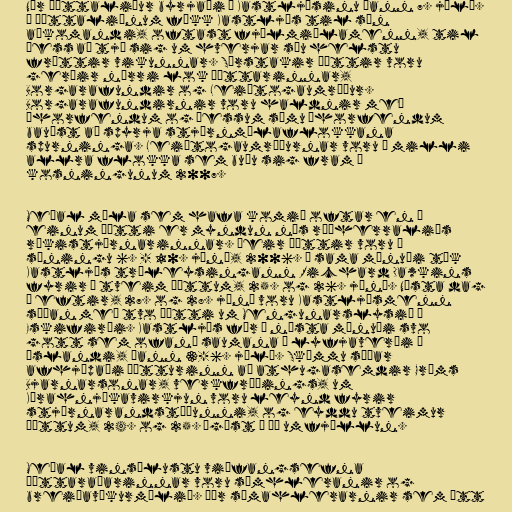
Nýr þáttaliður byrjaði í Kastljósinu þann 7. júlí.
Í þáttaliðnum fékk Kastljós til sín
aðkomandi, oftast fjölmiðlamenn, til
þess að tjá sig um hverjar séu helstu
fréttir vikunnar. Sérstakir þættir voru
gerðir nærri lok þáttarinnar,
Borgarafundir og Leiðtogaumræður.
Borgarafundirnir voru haldnir með
áhorfendum og þessum sömu áhorfendum
bauðst að spyrja stjórnmálaflokkana
spurninga. Leiðtogaumræðurnar voru á milli
allra flokka sem buðu sig fram í
kosningunum 2007.

Meðal mála sem hafa komið oftar en í
einum þætti er myndun nýs ráðherraliðs
ríkistjórnarinnar. Þeir þættir voru í
sýningu 6. - 10. júní, 2006. Í sama mánuði tók
Kastljós trúleysingann Richard Dawkins
fyrir í tveim þáttum, 25. og 26. júní. Næsta dag
á eftir, 27. og 28. júní voru Kastljósmenn
síðan með tvo þætti um Mengunarslysið á
Eskifirði. Kastljós fór í næsta mánuði svo
gott sem ofaní saumana á lyfjaverði á
íslandi, þann 3-6. júlí. Skömmu síðar
afhjúpaði þátturinn að athugasemdir Gríms
Bjarnarsonar, verkfræðings, um
Kárahnjúkavirkjun voru leynd fyrir
stjórnarandstöðunni, og eyddu tveimur
þáttum, 24. og 25. ágúst í þá umfjöllun.

Meðal vinsælustu viðfangsefna
þáttaraðarinnar voru símhleranir og
breiðavíkurmálið. Þær símahlerarnir sem átt